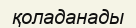
қоладанады